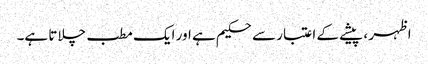
اظہر ، پیشے کے اعتبار سے حکیم ہے اور ایک مطب چلاتا ہے۔